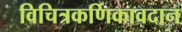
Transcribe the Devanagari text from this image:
विचित्रकर्णिकावदान